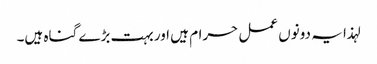
لہذا یہ دونوں عمل حرام ہیں اور بہت بڑے گناہ ہیں۔